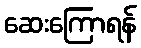
ဆေးကြောရန်